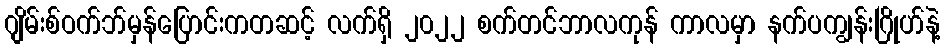
ဂျိမ်းစ်ဝက်ဘ်မှန်ပြောင်းကတဆင့် လက်ရှိ ၂၀၂၂ စက်တင်ဘာလကုန် ကာလမှာ နက်ပကျွန်းဂြိုဟ်နဲ့